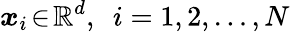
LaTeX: \boldsymbol{x}_{i}\! \in\! \mathbb{R}^{d},\, \, \, i=1,2,\dots,N